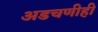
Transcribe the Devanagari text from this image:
अडचणीही